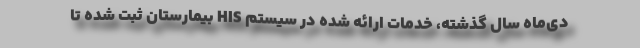
دی‌ماه سال گذشته، خدمات ارائه شده در سیستم HIS بیمارستان ثبت شده تا